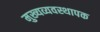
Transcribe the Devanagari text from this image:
मुख्यव्यवस्थापक